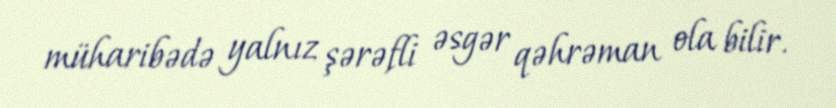
müharibədə yalnız şərəfli əsgər qəhrəman ola bilir.